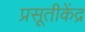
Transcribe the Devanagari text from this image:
प्रसूतीकेंद्र